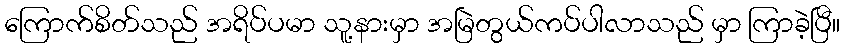
ကြောက်စိတ်သည် အရိပ်ပမာ သူ့နားမှာ အမြဲတွယ်ကပ်ပါလာသည် မှာ ကြာခဲ့ပြီ။